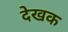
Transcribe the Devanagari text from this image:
देखक